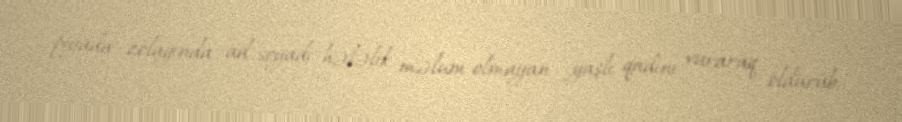
piyada zolağında ad-soyadı hələlik məlum olmayan yaşlı qadını vuraraq öldürüb.